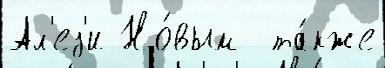
Ал'ез'и Но́вым  та́кже